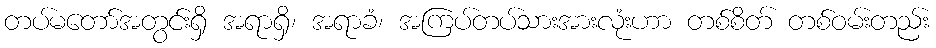
တပ်မတော်အတွင်းရှိ အရာရှိ၊ အရာခံ၊ အကြပ်တပ်သားအားလုံးဟာ တစ်စိတ် တစ်ဝမ်းတည်း